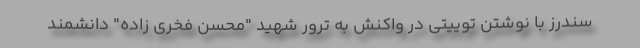
سندرز با نوشتن توییتی در واکنش به ترور شهید "محسن فخری زاده" دانشمند